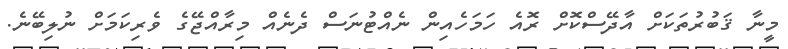
މީނާ ޤަބުރުތަކަށް އާދޭސްކޮށް ރޮއެ ހަމަހެއިން ނެއްޓުނަސް ދެނެއް މިރާއްޖޭގެ ވެރިކަމަށް ނުލިބޭނެ.